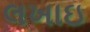
લખાઇ